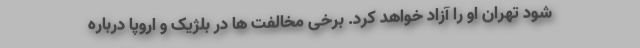
شود تهران او را آزاد خواهد کرد. برخی مخالفت ها در بلژیک و اروپا درباره